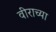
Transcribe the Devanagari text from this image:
वीराच्या